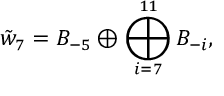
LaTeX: \tilde { w } _ { 7 } = B _ { - 5 } \oplus \bigoplus _ { i = 7 } ^ { 1 1 } B _ { - i } ,